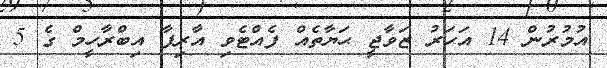
އުމުރުން 14 އަހަރު ޒަވާޖީ ޙަޔާތެއް ފެއްޓެވި އާރިފާ އިބްރާހީމް ގެ 5